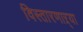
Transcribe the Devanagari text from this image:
विस्तारणाऱ्या